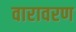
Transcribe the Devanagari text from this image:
वारावरण